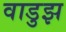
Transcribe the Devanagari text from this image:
वाडुझ